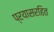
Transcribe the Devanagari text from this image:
प्रयासरहित